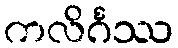
ကလိင်္ဂဿ